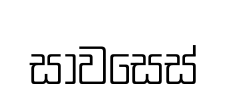
සාවසෙස්